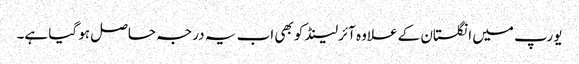
یورپ میں انگلستان کے علاوہ آئرلینڈ کو بھی اب یہ درجہ حاصل ہو گیا ہے۔